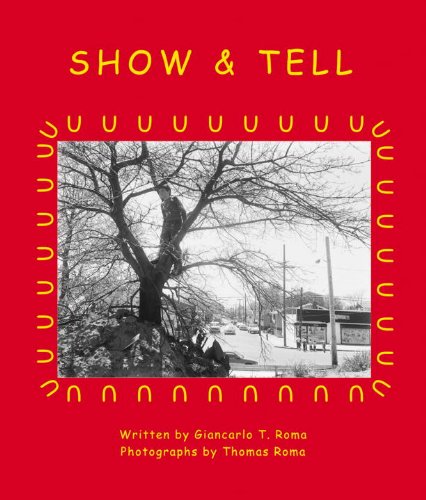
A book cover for Show & Tell; Thomas Roma; Children's Books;